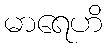
မာရေဟိ